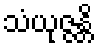
သံယုဇ္ဇန္တိ